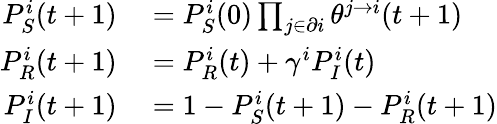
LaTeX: \begin{array}{rl}{P_{S}^{i}(t+1)}&{{}=P_{S}^{i}(0)\prod_{j\in\partial i}\theta^{j\to i}(t+1)}\\ {P_{R}^{i}(t+1)}&{{}=P_{R}^{i}(t)+\gamma^{i}P_{I}^{i}(t)}\\ {P_{I}^{i}(t+1)}&{{}=1-P_{S}^{i}(t+1)-P_{R}^{i}(t+1)}\end{array}